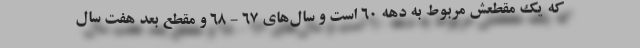
که یک مقطعش مربوط به دهه ۶۰ است و سال‌های ۶۷ - ۶۸ و مقطع بعد هفت سال